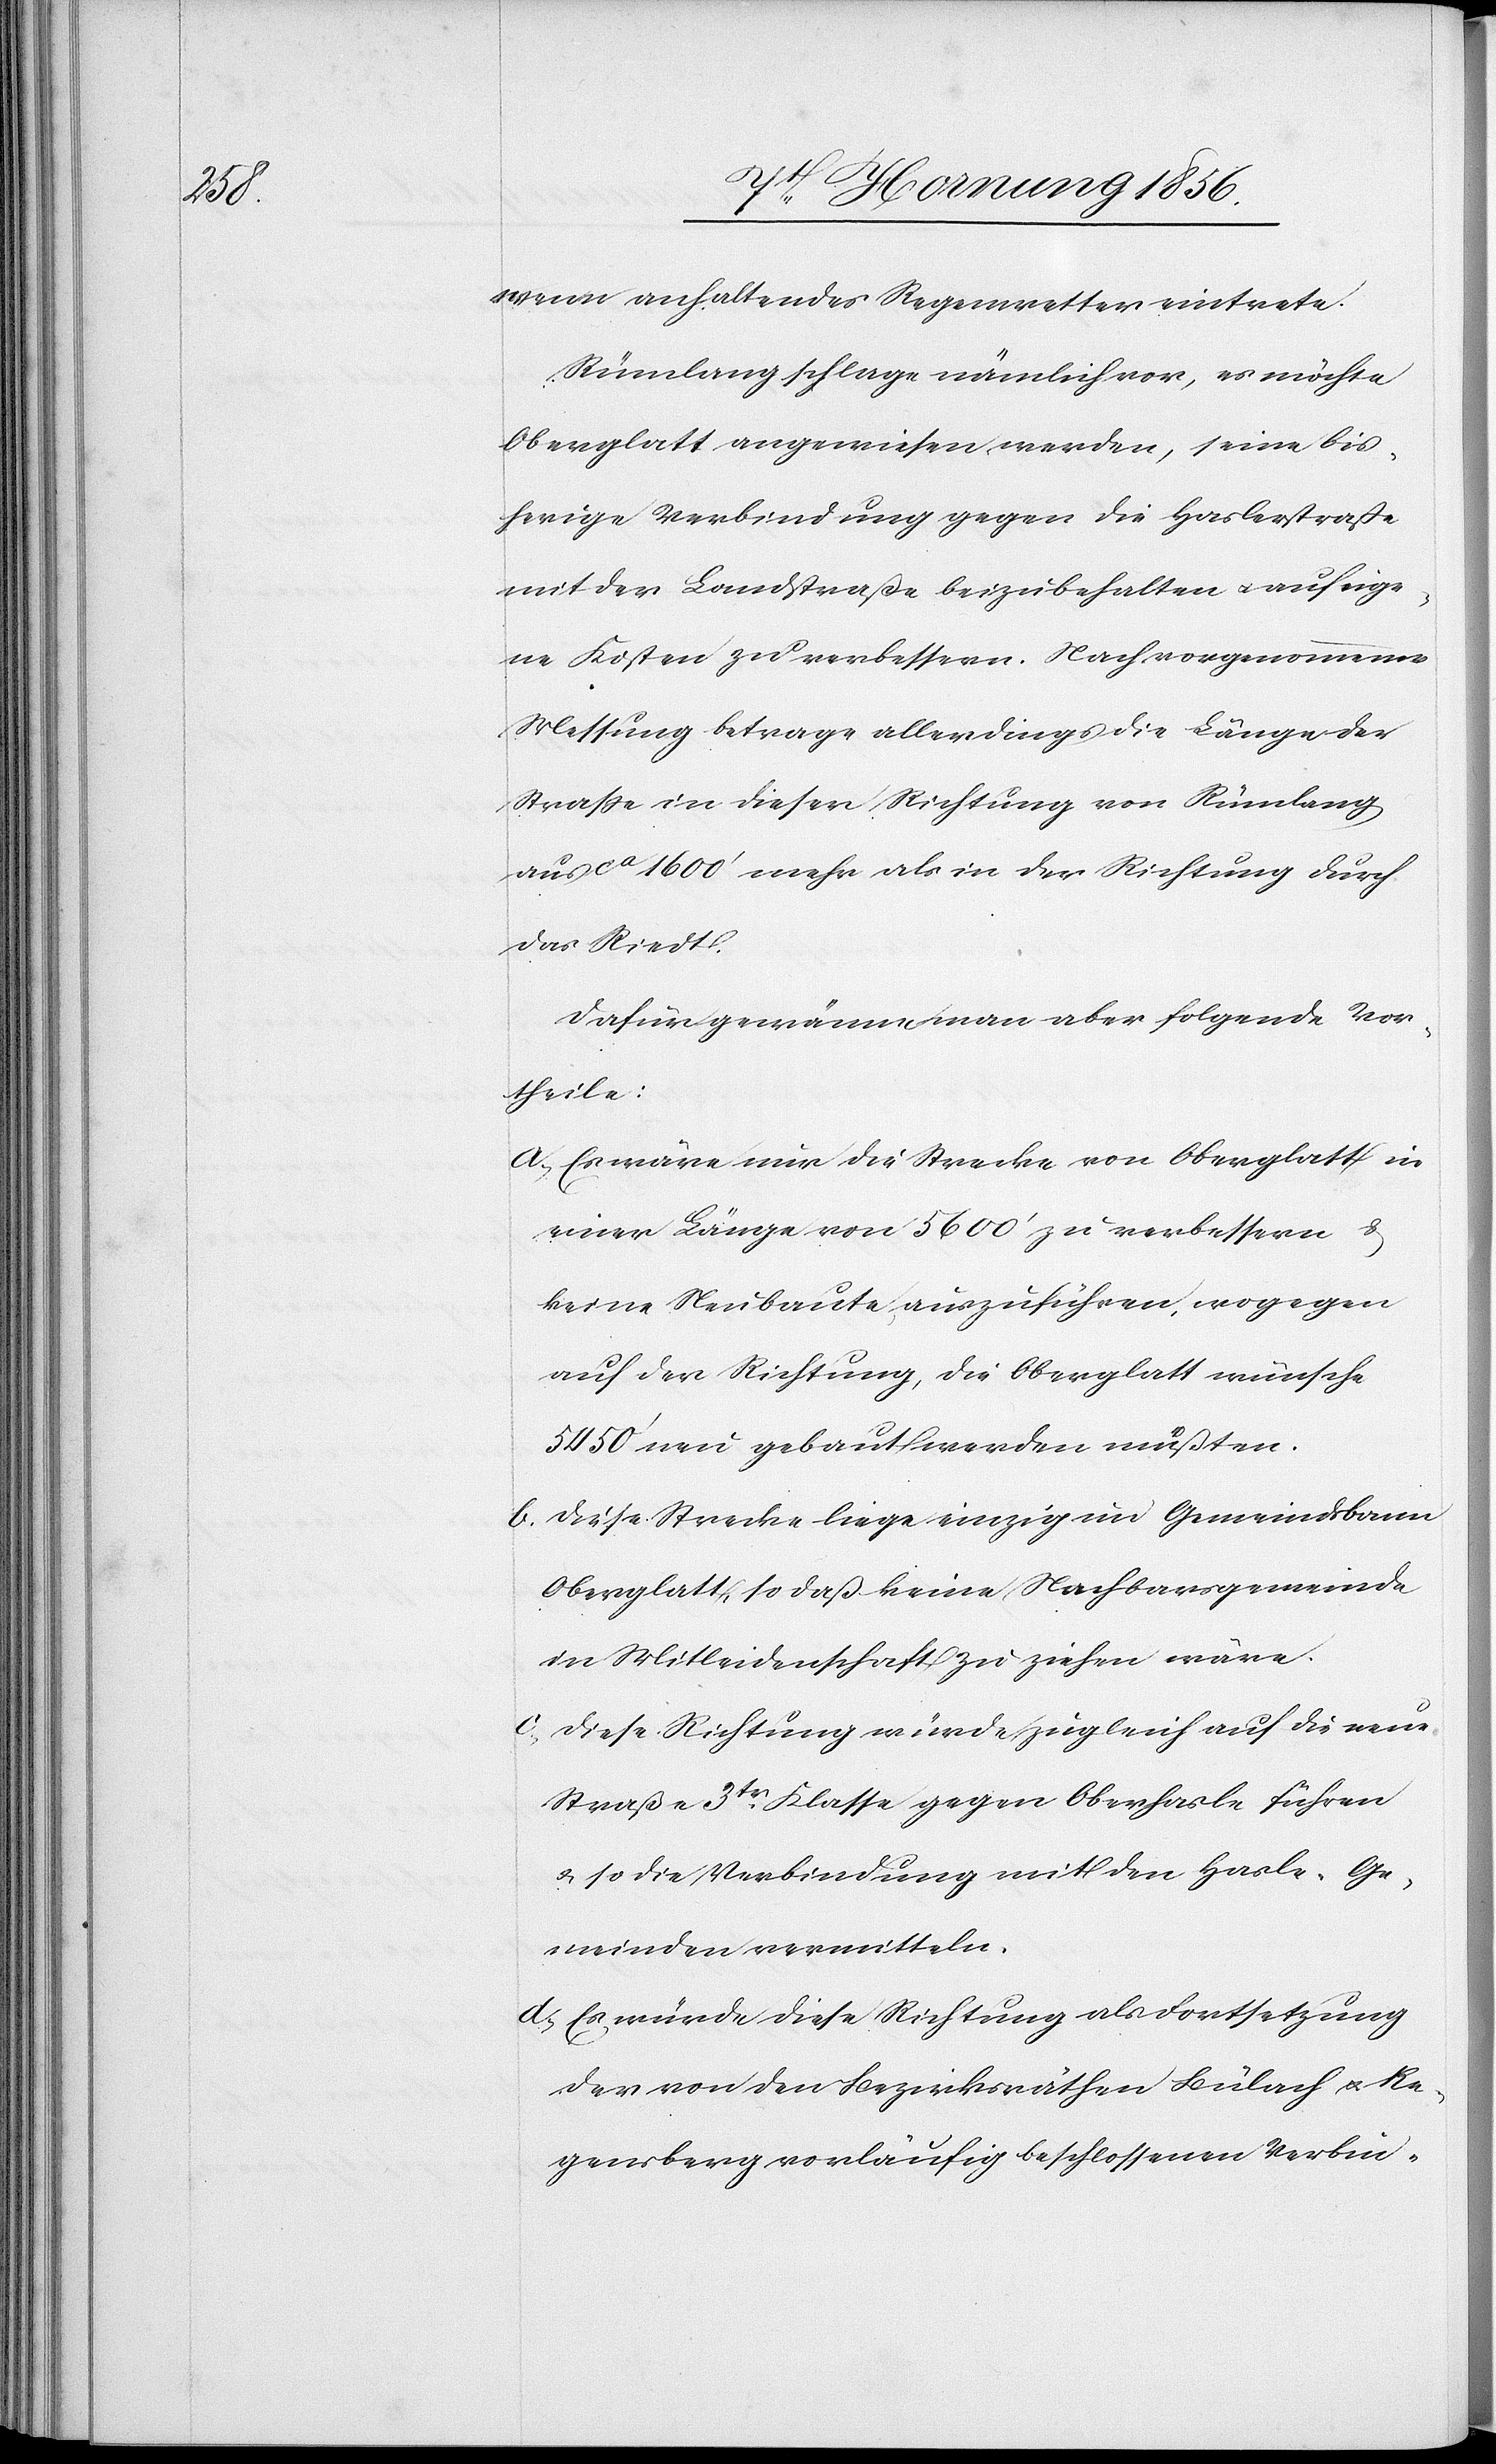
wenn anhaltendes Regenwetter eintrete.
Rümlang schlage nämlich vor, es möchte
Oberglatt angewiesen werden, seine bis¬
herige Verbindung gegen die Haslerstraße
mit der Landstraße beizubehalten u. auf eige¬
ne Kosten zu verbessern. Nach vorgenommener
Messung betrage allerdings die Länge der
Straße in dieser Richtung von Rümlang
aus ca 1600’ mehr als in der Richtung durch
das Riedt.
Dafür gewänne man aber folgende Vor¬
theile:
a, Es wäre nur die Strecke von Oberglatt in
einer Länge von 5600’ zu verbessern &
keine Neubaute auszuführen, wogegen
auf der Richtung, die Oberglatt wünsche
5450’ neu gebaut werden müßten.
b. Diese Strecke liege einzig im Gemeindsbann
Oberglatt, so daß keine Nachbarsgemeinde
in Mitleidenschaft zu ziehen wäre.
c., Diese Richtung würde zugleich auf die neue
Straße 3tr Klasse gegen Oberhasle führen
u. so die Verbindung mit den Hasle-Ge¬
meinden vermitteln.
d., Es würde diese Richtung als Fortsetzung
der von den Bezirksräthen Bülach u. Re¬
gensberg vorläufig beschlossenen Verbin-